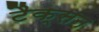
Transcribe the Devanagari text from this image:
टैक्सन